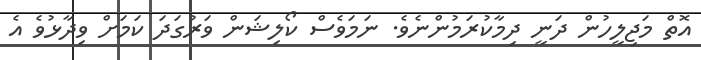
އޮތް މަޖިލީހުން ދަނީ ދިމާކުރަމުންނެވެ. ނަމަވެސް ކޯލިޝަން ވަރުގަދަ ކަމަށް ވިދާޅުވެ އެ